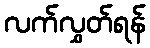
လက်လွှတ်ရန်